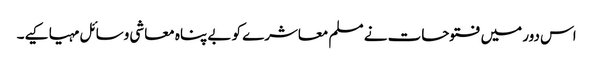
اس دور میں فتوحات نے مسلم معاشرے کو بے پناہ معاشی وسائل مہیا کیے۔